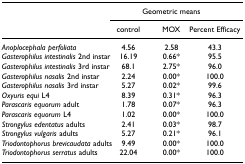
|  | <COLSPAN=3> Geometric means |
 |  | control | MOX | Percent Efficacy |
 | --- | --- | --- | --- |
 | Anoplocephala perfoliata | 4.56 | 2.58 | 43.3 |
 | Gasterophilus intestinalis 2nd instar | 16.19 | 0.66* | 95.5 |
 | Gasterophilus intestinalis 3rd instar | 68.1 | 2.75* | 96.0 |
 | Gasterophilus nasalis 2nd instar | 2.24 | 0.00* | 100.0 |
 | Gasterophilus nasalis 3rd instar | 5.27 | 0.02* | 99.6 |
 | Oxyuris equi L4 | 8.39 | 0.31* | 96.3 |
 | Parascaris equorum adult | 1.78 | 0.07* | 96.3 |
 | Parascaris equorum L4 | 1.02 | 0.00* | 100.0 |
 | Strongylus edentatus adults | 2.41 | 0.03* | 98.7 |
 | Strongylus vulgaris adults | 5.27 | 0.21* | 96.1 |
 | Triodontophorus brevicaudata adults | 9.49 | 0.00* | 100.0 |
 | Triodontophorus serratus adults | 22.04 | 0.00* | 100.0 |